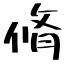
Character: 脩